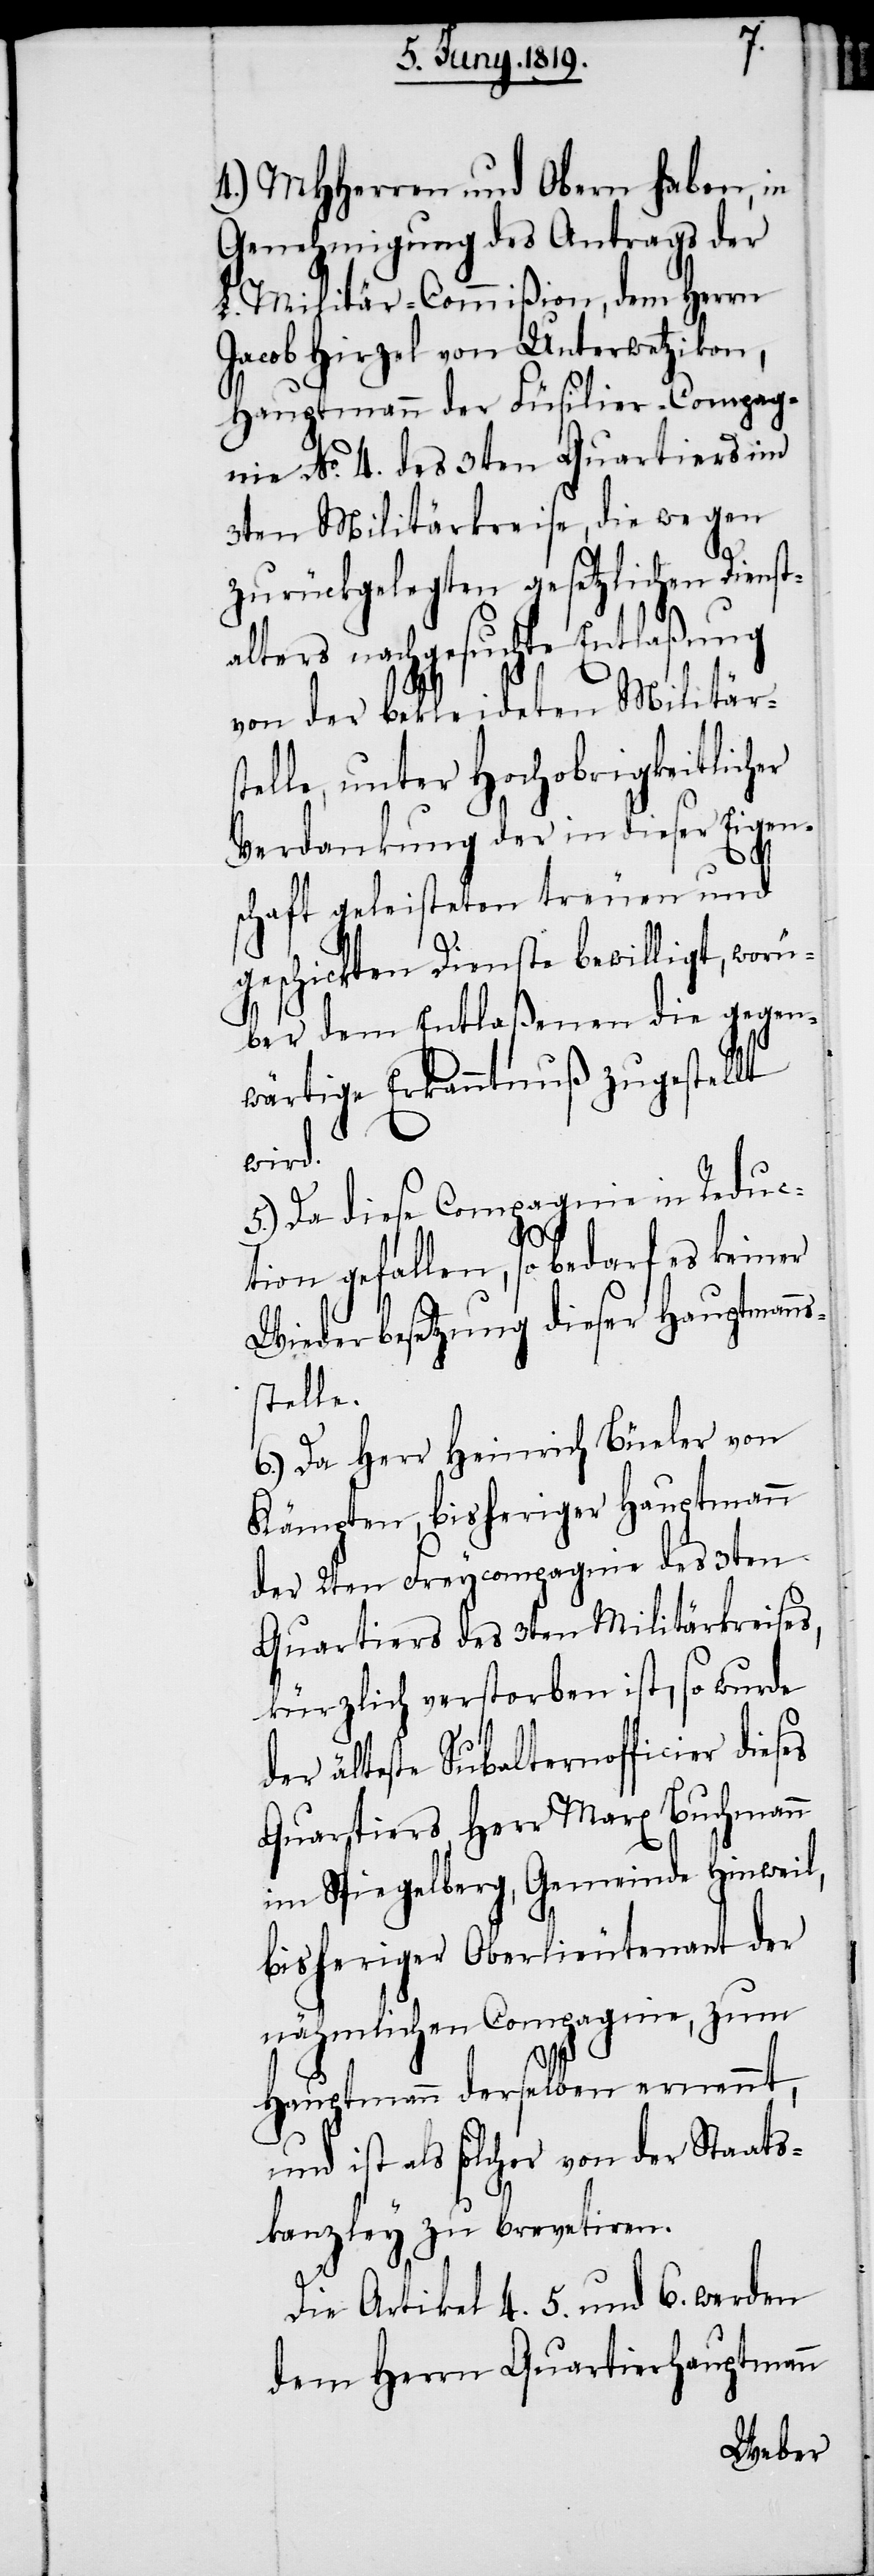
4.) MHHerren und Obern haben, in
Genehmigung des Antrags der
L. Militär-Commißion, dem Herrn
Jacob Hirzel von Unterwetzikon,
Hauptmann der Füsilier-Compag¬
nie No. 4. des 3ten Quartiers im
3ten Militärkreise, die wegen
zurückgelegten gesetzlichen Dienst¬
alters nachgesuchte Entlaßung
von der bekleideten Militärs¬
telle, unter Hochobrigkeitlicher
Verdankung der in dieser Eigen¬
schaft geleisteten treuen und
geschickten Dienste bewilligt, worü¬
ber dem Entlaßenen die gegen¬
wärtige Erkanntnuß zugestellt
wird.
5.) Da diese Compagnie in Reduc¬
tion gefallen, so bedarf es keiner
Wiederbesetzung dieser Hauptmanns¬
stelle.
6.) Da Herr Heinrich Büeler von
Kämpten, bisheriger Hauptmann
der 2ten Freycompagnie des 3ten
Quartiers des 3ten Militärkreises,
kürzlich verstorben ist, so wurde
der älteste Subalternofficier dieses
Quartiers Herr Merx Buchmann
im Spiegelberg, Gemeinde Hinweil,
bisheriger Oberlieutenant der
nähmlichen Compagnie, zum
Hauptmann derselben ernennt,
und ist als solcher von der Staats¬
kanzley zu brevetiren.
Die Artikel 4. [,] 5. und 6. werden
dem Herrn Quartierhauptmann